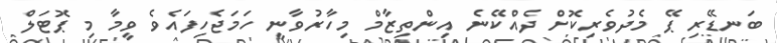
ބަނޑޭރި ޕޭ މެދުވެރިކޮށް ދެއްކޭނެ އިންތިޒާމް މިހާރުވާނީ ހަމަޖެހިފައެވެ ވީމާ މި ޕޮޓަލް